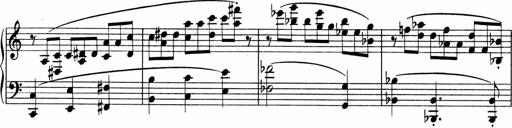
Title: Sonatina No.4
Composer: Abram Kimmell
Key: E minor